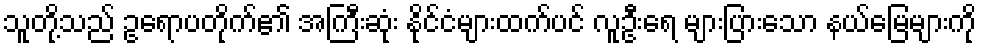
သူတို့သည် ဥရောပတိုက်၏ အကြီးဆုံး နိုင်ငံများထက်ပင် လူဦးရေ များပြားသော နယ်မြေများကို